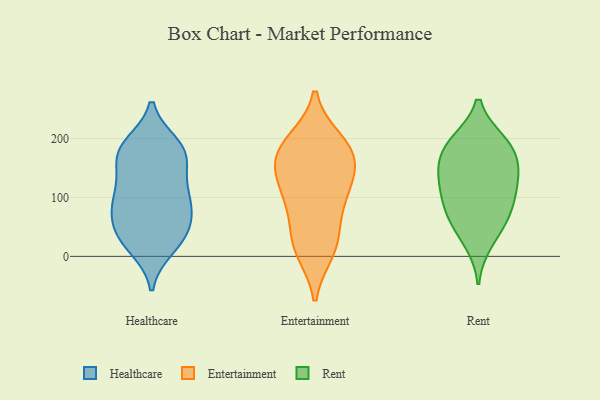
{"axis": {"x": "Revenue (USD Million)", "y": "Value"}, "legend": ["Entertainment", "Healthcare", "Rent"], "data": [{"x": "", "y": 57, "type": "Healthcare"}, {"x": "", "y": 162, "type": "Healthcare"}, {"x": "", "y": 31, "type": "Healthcare"}, {"x": "", "y": 44, "type": "Healthcare"}, {"x": "", "y": 102, "type": "Healthcare"}, {"x": "", "y": 100, "type": "Healthcare"}, {"x": "", "y": 14, "type": "Healthcare"}, {"x": "", "y": 45, "type": "Healthcare"}, {"x": "", "y": 76, "type": "Healthcare"}, {"x": "", "y": 178, "type": "Healthcare"}, {"x": "", "y": 18, "type": "Healthcare"}, {"x": "", "y": 181, "type": "Healthcare"}, {"x": "", "y": 76, "type": "Healthcare"}, {"x": "", "y": 104, "type": "Healthcare"}, {"x": "", "y": 171, "type": "Healthcare"}, {"x": "", "y": 112, "type": "Healthcare"}, {"x": "", "y": 190, "type": "Healthcare"}, {"x": "", "y": 188, "type": "Healthcare"}, {"x": "", "y": 144, "type": "Healthcare"}, {"x": "", "y": 22, "type": "Entertainment"}, {"x": "", "y": 26, "type": "Entertainment"}, {"x": "", "y": 138, "type": "Entertainment"}, {"x": "", "y": 11, "type": "Entertainment"}, {"x": "", "y": 173, "type": "Entertainment"}, {"x": "", "y": 194, "type": "Entertainment"}, {"x": "", "y": 158, "type": "Entertainment"}, {"x": "", "y": 109, "type": "Entertainment"}, {"x": "", "y": 103, "type": "Entertainment"}, {"x": "", "y": 85, "type": "Entertainment"}, {"x": "", "y": 186, "type": "Entertainment"}, {"x": "", "y": 172, "type": "Entertainment"}, {"x": "", "y": 59, "type": "Rent"}, {"x": "", "y": 24, "type": "Rent"}, {"x": "", "y": 193, "type": "Rent"}, {"x": "", "y": 145, "type": "Rent"}, {"x": "", "y": 92, "type": "Rent"}, {"x": "", "y": 61, "type": "Rent"}, {"x": "", "y": 195, "type": "Rent"}, {"x": "", "y": 128, "type": "Rent"}, {"x": "", "y": 160, "type": "Rent"}, {"x": "", "y": 192, "type": "Rent"}, {"x": "", "y": 89, "type": "Rent"}, {"x": "", "y": 153, "type": "Rent"}, {"x": "", "y": 114, "type": "Rent"}]}